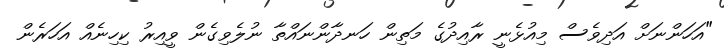
"އަހަންނަށް އަދިވެސް މިއުޅެނީ ރާއިދުގެ މަތިން ހަނދާންނައްތާ ނުލެވިގެން ވީއިރު ކިހިނެއް އަހަރެން